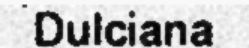
Dulciana